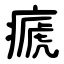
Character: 㾷